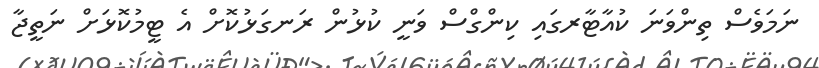
ނަމަވެސް ތިންވަނަ ކުއާޓާރގައި ކިންގްސް ވަނީ ކުޅުން ރަނގަޅުކޮށް އެ ޓީމުކޮޅަށް ނަތީޖާ